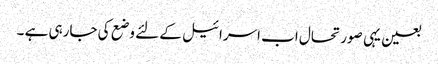
بعین یہی صورتحال اب اسرائیل کے لئے وضع کی جارہی ہے ۔